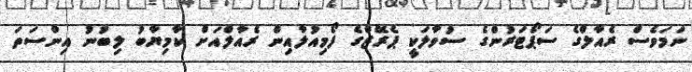
ނަމަވެސް ރެއާލްގެ ސަޕޯޓަރުންގެ ސުވާލަކީ ޕެރޭޒްގެ ފޯމިއުލާއިން ރެއާލްއަށް ކާމިޔާބު ލިބުނު އިންސަތަ